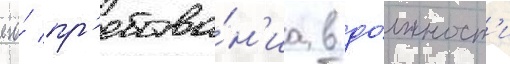
его́ пр'ебыва́н'иа в до́лжност'и